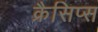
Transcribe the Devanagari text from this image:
क्रैसिप्स